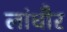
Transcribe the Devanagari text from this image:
लांधौर